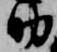
助